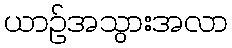
ယာဉ်အသွားအလာ